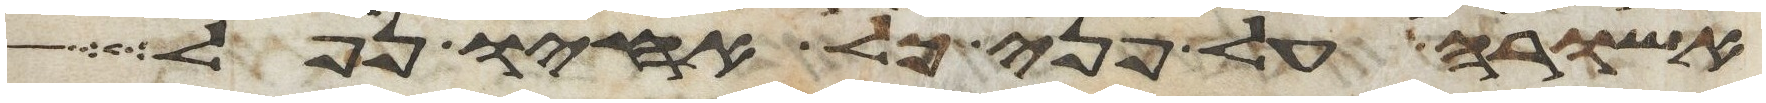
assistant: אשורה על פני כל אחיו נפל